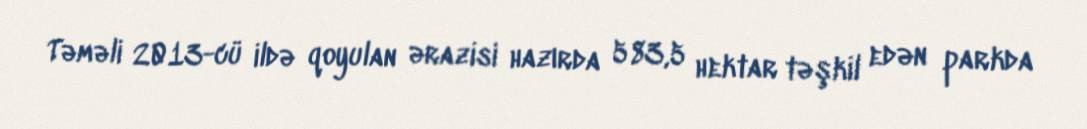
Təməli 2013-cü ildə qoyulan ərazisi hazırda 583,5 hektar təşkil edən parkda